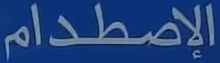
الإِصْطَدَ